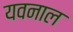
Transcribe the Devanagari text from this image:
यवनाल